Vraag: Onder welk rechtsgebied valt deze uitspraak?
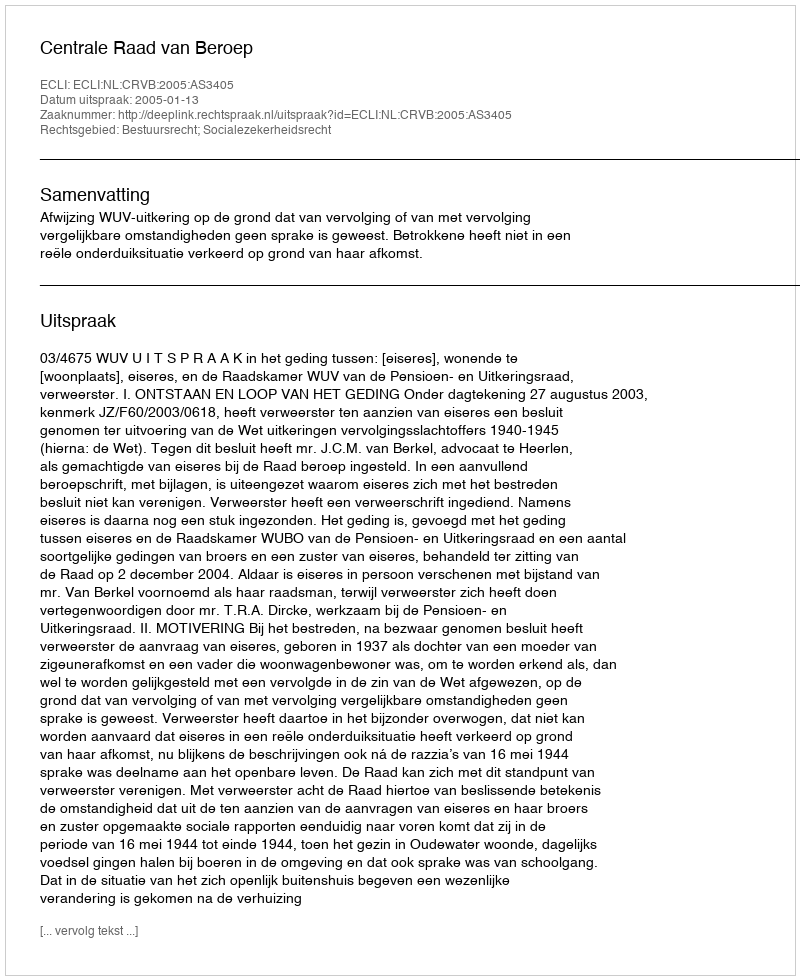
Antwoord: Bestuursrecht; Socialezekerheidsrecht